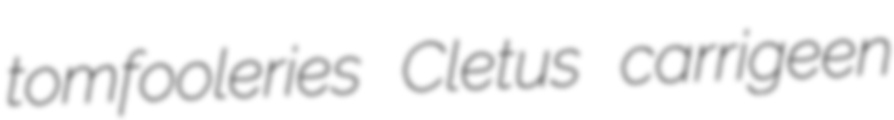
tomfooleries Cletus carrigeen